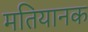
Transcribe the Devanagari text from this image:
मतियानक